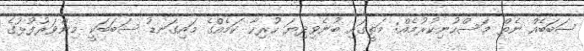
ސަބަބެއް ނެތް މަސްހުނިކުރުމެއް: މަތީގައި ބުނެވިދިޔަ ހުރިހާ ކަމެއްގެ މައިގަނޑު ސަބަބަކީ މިންވަރުފުޅުގެ